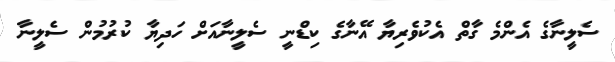
ސެލީނާގެ އެންމެ ގާތް އެކުވެރިޔާ އޭނާގެ ކިޑްނީ ސެލީނާއަށް ހަދިޔާ ކުރުމުން ސެލީނާ